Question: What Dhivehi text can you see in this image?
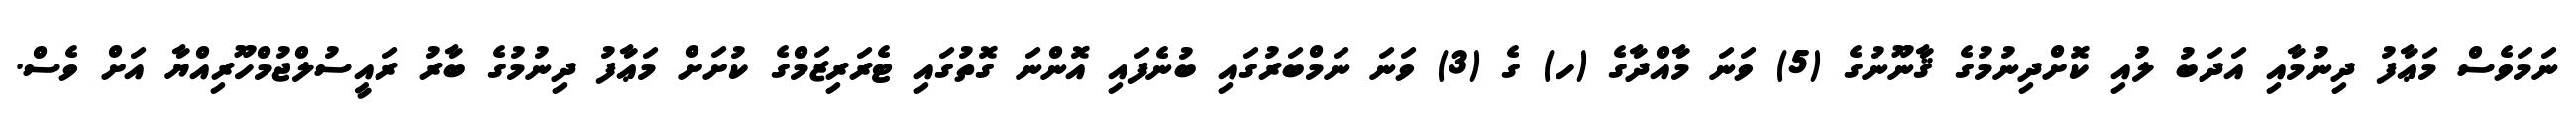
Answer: ނަމަވެސް މަޢާފު ދިނުމާއި އަދަބު ލުއި ކޮށްދިނުމުގެ ޤާނޫނުގެ (5) ވަނަ މާއްދާގެ (ހ) ގެ (3) ވަނަ ނަމްބަރުގައި ބުނެފައި އޮންނަ ގޮތުގައި ޓެރަރިޒަމްގެ ކުށަށް މަޢާފު ދިނުމުގެ ބާރު ރައީސުލްޖުމްހޫރިއްޔާ އަށް ވެސް.